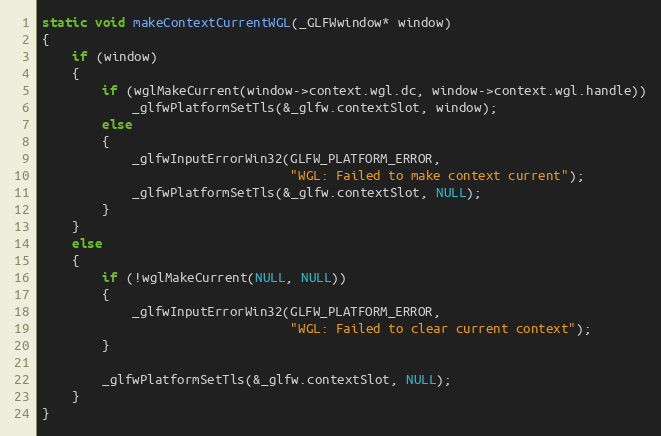
Language: C
static void makeContextCurrentWGL(_GLFWwindow* window)
{
    if (window)
    {
        if (wglMakeCurrent(window->context.wgl.dc, window->context.wgl.handle))
            _glfwPlatformSetTls(&_glfw.contextSlot, window);
        else
        {
            _glfwInputErrorWin32(GLFW_PLATFORM_ERROR,
                                 "WGL: Failed to make context current");
            _glfwPlatformSetTls(&_glfw.contextSlot, NULL);
        }
    }
    else
    {
        if (!wglMakeCurrent(NULL, NULL))
        {
            _glfwInputErrorWin32(GLFW_PLATFORM_ERROR,
                                 "WGL: Failed to clear current context");
        }

        _glfwPlatformSetTls(&_glfw.contextSlot, NULL);
    }
}